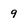
Character: 9